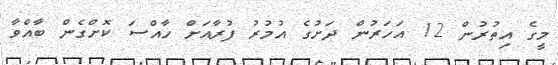
މީގެ އިތުރުން 12 އަހަރުން ދަށުގެ އުމުރު ފުރާއަށް ހާއްސަ ކޮށްގެން ބާއްވާ